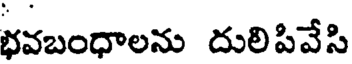
భవబంధాలను దులిపీవేసి